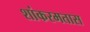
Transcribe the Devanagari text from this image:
शांकरमतास